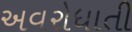
અવરોધાતી